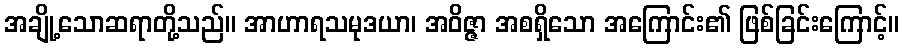
အချို့သောဆရာတို့သည်။ အာဟာရသမုဒယာ၊ အဝိဇ္ဇာ အစရှိသော အကြောင်း၏ ဖြစ်ခြင်းကြောင့်။